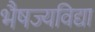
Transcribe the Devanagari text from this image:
भैषज्यविद्या